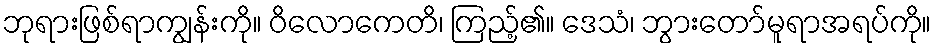
ဘုရားဖြစ်ရာကျွန်းကို။ ဝိလောကေတိ၊ ကြည့်၏။ ဒေသံ၊ ဘွားတော်မူရာအရပ်ကို။